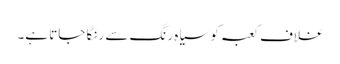
غلاف کعبہ کو سیاہ رنگ سے رنگا جاتا ہے۔